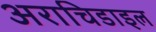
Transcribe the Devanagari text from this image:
अराचिडाइल